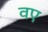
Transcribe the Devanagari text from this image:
वए